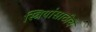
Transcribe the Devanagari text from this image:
स्त्रियांसाठीचे